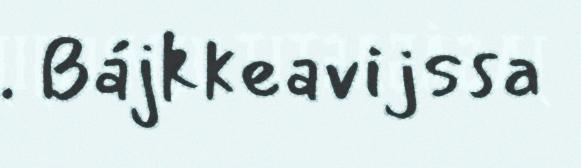
. Bájkkeavijssa